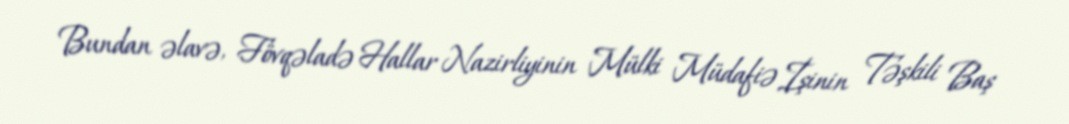
Bundan əlavə, Fövqəladə Hallar Nazirliyinin Mülki Müdafiə İşinin Təşkili Baş